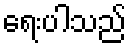
ရေးပါသည်